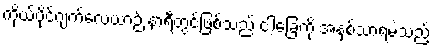
ကိုယ်ပိုင်ဂျက်လေယာဉ် နာရီတွင်ဖြစ်သည် ငါ့ခြေကို အနှစ်သာရမဲ့သည့်